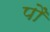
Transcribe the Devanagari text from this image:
पौं